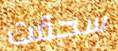
سحقت